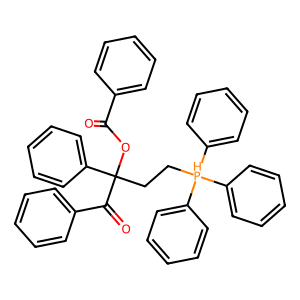
SMILES: O=C(OC(CC[PH](c1ccccc1)(c1ccccc1)c1ccccc1)(C(=O)c1ccccc1)c1ccccc1)c1ccccc1
Inhibits HIV replication: No